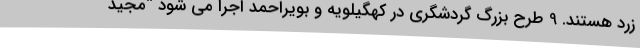
زرد هستند. 9 طرح بزرگ گردشگری در کهگیلویه و بویراحمد اجرا می شود “مجید